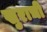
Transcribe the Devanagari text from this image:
खुराची